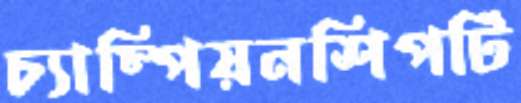
চ্যাম্পিয়নশিপটি